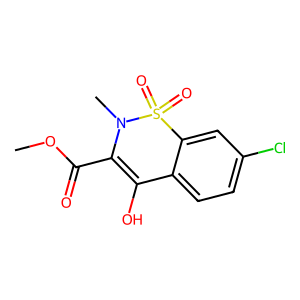
SMILES: COC(=O)C1=C(O)c2ccc(Cl)cc2S(=O)(=O)N1C
Inhibits HIV replication: No